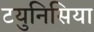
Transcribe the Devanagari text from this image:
टयुनिसिया